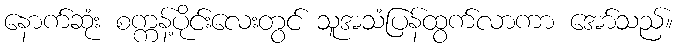
နောက်ဆုံး စက္ကန့်ပိုင်းလေးတွင် သူအသံပြန်ထွက်လာကာ အော်သည်။